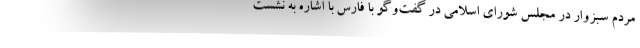
مردم سبزوار در مجلس شورای اسلامی در گفت‌وگو با فارس با اشاره به نشست